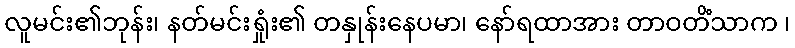
လူမင်း၏ဘုန်း၊ နတ်မင်းရှုံး၏ တနှုန်းနေပမာ၊ နော်ရထာအား တာဝတိံသာက ၊